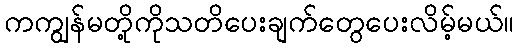
ကကျွန်မတို့ကိုသတိပေးချက်တွေပေးလိမ့်မယ်။